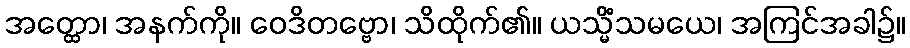
အတ္ထော၊ အနက်ကို။ ဝေဒိတဗ္ဗော၊ သိထိုက်၏။ ယသ္မိံသမယေ၊ အကြင်အခါ၌။